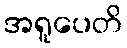
အရူပေတိ